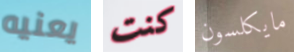
يعنيه كنت مايكلسون